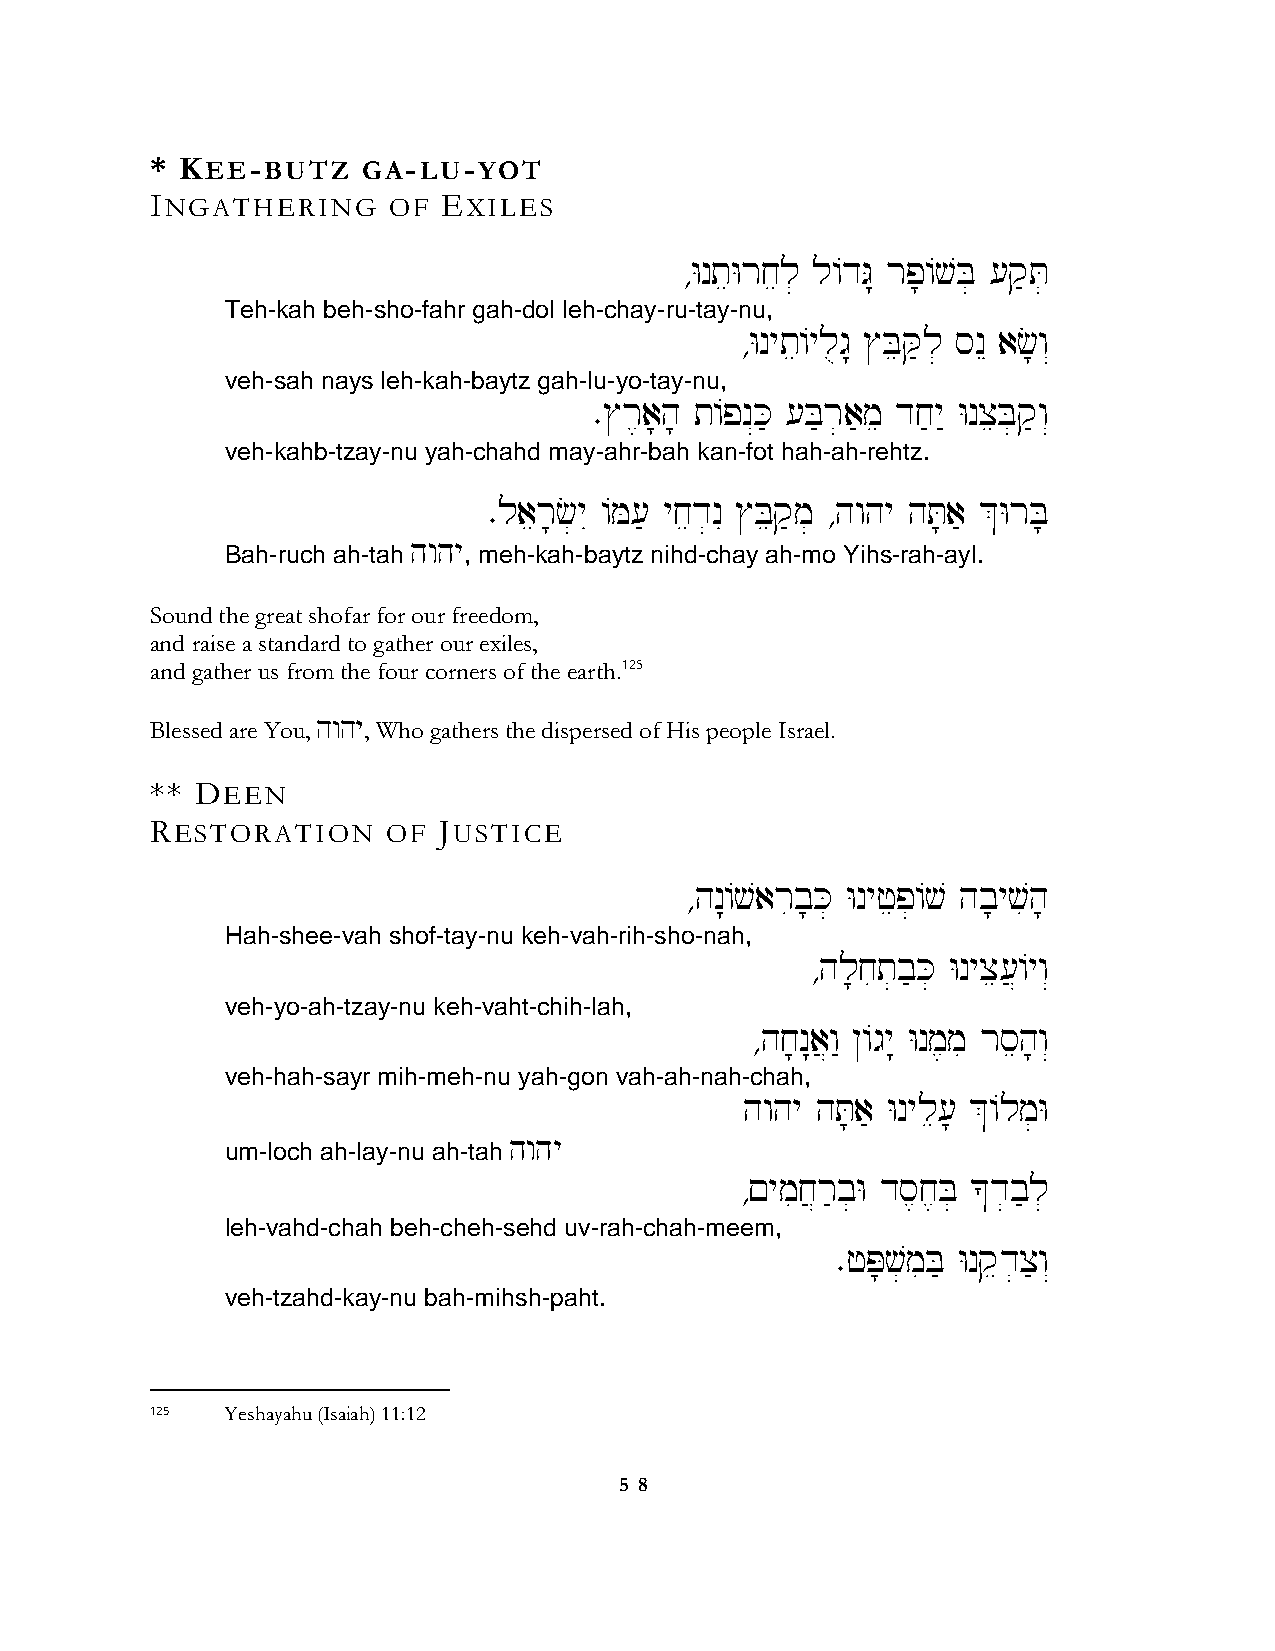
* KEE-BUTZ    GA-LU-YOT
 INGATHERING     OF EXILES
 ∆WnteWrjel] l/dG: rp;/vB] [q'T]
 Teh-kah beh-sho-fahr gah-dol leh-chay-ru-tay-nu,
 ∆Wnyte/ylug: $BeQ'l] snE ac;w“
 veh-sah nays leh-kah-baytz gah-lu-yo-tay-nu,
 ∑$r,a;h; t/pn“K' [B'r]a'me dj'y" WnxeB]q'w“
 veh-kahb-tzay-nu yah-chahd may-ahr-bah kan-fot hah-ah-rehtz.
 ∑laer;c]yI /M[' yjed]nI $Beq'm] ∆hwhy hT;a' &WrB;
 hwhy
 Bah-ruch ah-tah , meh-kah-baytz nihd-chay ah-mo Yihs-rah-ayl.
 Sound the great shofar for our freedom,
 and raise a standard to gather our exiles,
 and gather us from the four corners of the earth.125
 Blessed are You, hwhy, Who gathers the dispersed of His people Israel.
 ** DEEN
 RESTORATION     OF JUSTICE
 ∆hn:/varib;K] Wnyfep]/v hb;yvih;
 Hah-shee-vah shof-tay-nu keh-vah-rih-sho-nah,
 ∆hl;jit]b'K] Wnyxe[}/yw“
 veh-yo-ah-tzay-nu keh-vaht-chih-lah,
 ∆hj;n:a}w" @/gy: Wnm,mi rseh;w“
 veh-hah-sayr mih-meh-nu yah-gon vah-ah-nah-chah,
 hwhy hT;a' Wnyle[; &/lm]W
 hwhy
 um-loch ah-lay-nu ah-tah
 ∆!ymij}r'b]W ds,j,B] *d]b'l]
 leh-vahd-chah beh-cheh-sehd uv-rah-chah-meem,
 ∑fP;v]miB' Wnqed]x'w“
 veh-tzahd-kay-nu bah-mihsh-paht.
 125  Yeshayahu (Isaiah) 11:12
 5 8